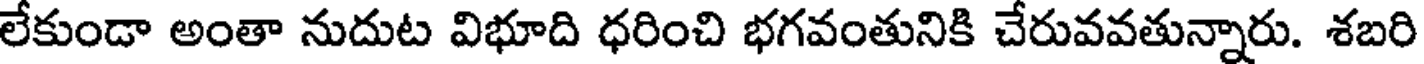
లేకుండా అంతా నుదుట విభూది ధరించి భగవంతునికి చేరువవతున్నారు. శబరి